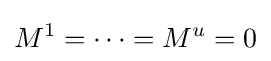
M^{1}=\cdots =M^{u}=0